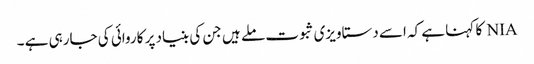
NIA کا کہنا ہے کہ اسے دستاویزی ثبوت ملے ہیں جن کی بنیاد پر کاروائی کی جارہی ہے ۔